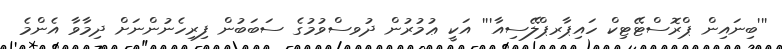
'''ބިނައިން ޕްރޮސްޓޭޓިކް ހައިޕާރޕްލޭސިއާ''' އަކީ ޢުމުރުން ދުވސްވުމުގެ ސަބަބުން ފިރިހެނުންނަށް ދިމާވާ އެންމެ